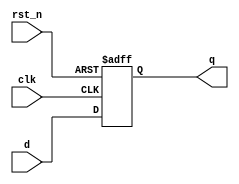
module d_flip_flop (
    input wire clk,         // Clock input
    input wire rst_n,      // Active-low reset
    input wire d,          // Data input
    output reg q           // Data output
);

// Always block sensitive to the rising edge of the clock or the reset signal
always @(posedge clk or negedge rst_n) begin
    if (!rst_n) begin
        // Asynchronous reset
        q <= 1'b0;         // Reset output to zero
    end else begin
        // Capture data on rising edge of clock
        q <= d;            // Update output with input data
    end
end

endmodule